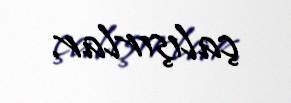
çalışırlar.